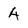
Character: A